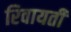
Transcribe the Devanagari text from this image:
रिवायती